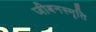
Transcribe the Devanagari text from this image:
जीबनस्मृति